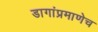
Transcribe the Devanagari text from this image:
डागांप्रमाणेच